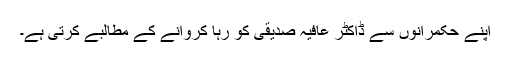
اپنے حکمرانوں سے ڈاکٹر عافیہ صدیقی کو رہا کروانے کے مطالبے کرتی ہے۔